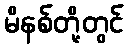
မိနစ်တို့တွင်